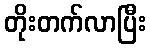
တိုးတက်လာပြီး